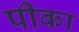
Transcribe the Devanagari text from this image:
पीका